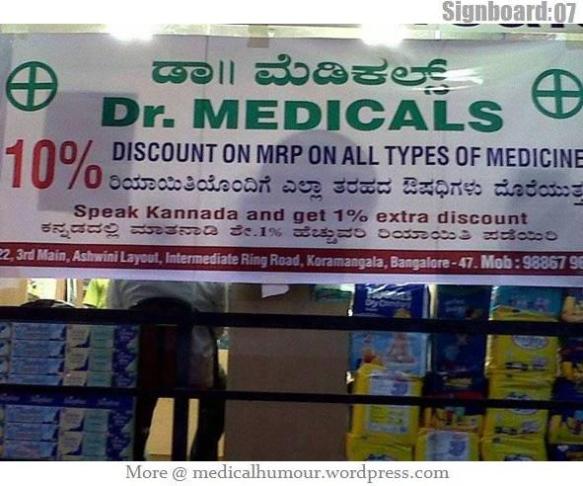
Language: kannada
Transcription: ಮೆಡಿಕಲ್ಸ್ ಔಷಧಿಗಳು ರಿಯಾಯಿತಿಯೊಂದಿಗೆ ಡಾ ತರಹದ ಎಲ್ಲಾ